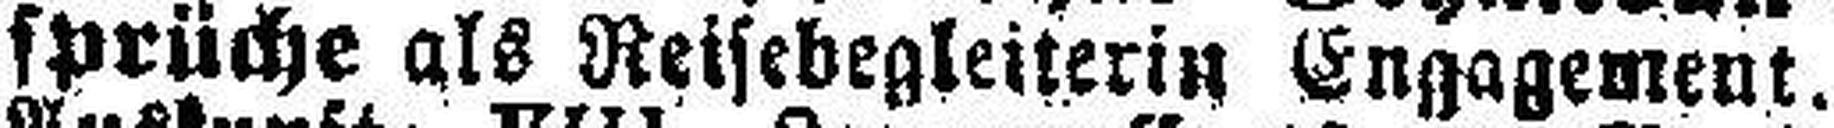
sprüche als Reisebegleiterin Engagement.